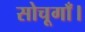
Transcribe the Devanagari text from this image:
सोचूगाँ।